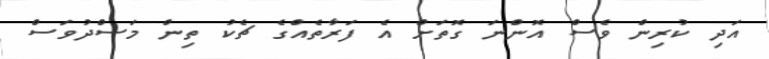
އަދި ކުރިން ވެސް އޮންނަ ގޮތަށް އެ ފަރާތެއްގެ ޗެކު ތިން މަސްދުވަސް